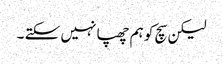
لیکن سچ کو ہم چھپا نہیں سکتے ۔